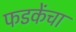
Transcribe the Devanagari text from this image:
फडकेंचा